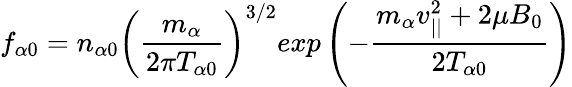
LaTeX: f_{\alpha 0}=n_{\alpha 0}\left(\frac{m_{\alpha}}{2\pi T_{\alpha 0}}\right)^{3/2}exp\left(-\frac{m_{\alpha}v_{||}^{2}+2\mu B_{0}}{2T_{\alpha 0}}\right)